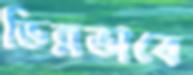
ভিন্নভাবে